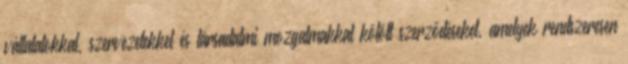
vállalatokkal, szervezetekkel és társadalmi mozgalmakkal kötött szerződéseket, amelyek rendszeresen